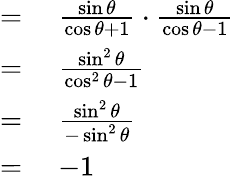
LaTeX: \begin{array}{rl}{={}}&{{}{\frac{\sin\theta}{\cos\theta+1}}\cdot{\frac{\sin\theta}{\cos\theta-1}}}\\ {={}}&{{}{\frac{\sin^{2}\theta}{\cos^{2}\theta-1}}}\\ {={}}&{{}{\frac{\sin^{2}\theta}{-\sin^{2}\theta}}}\\ {={}}&{{}{-1}}\end{array}